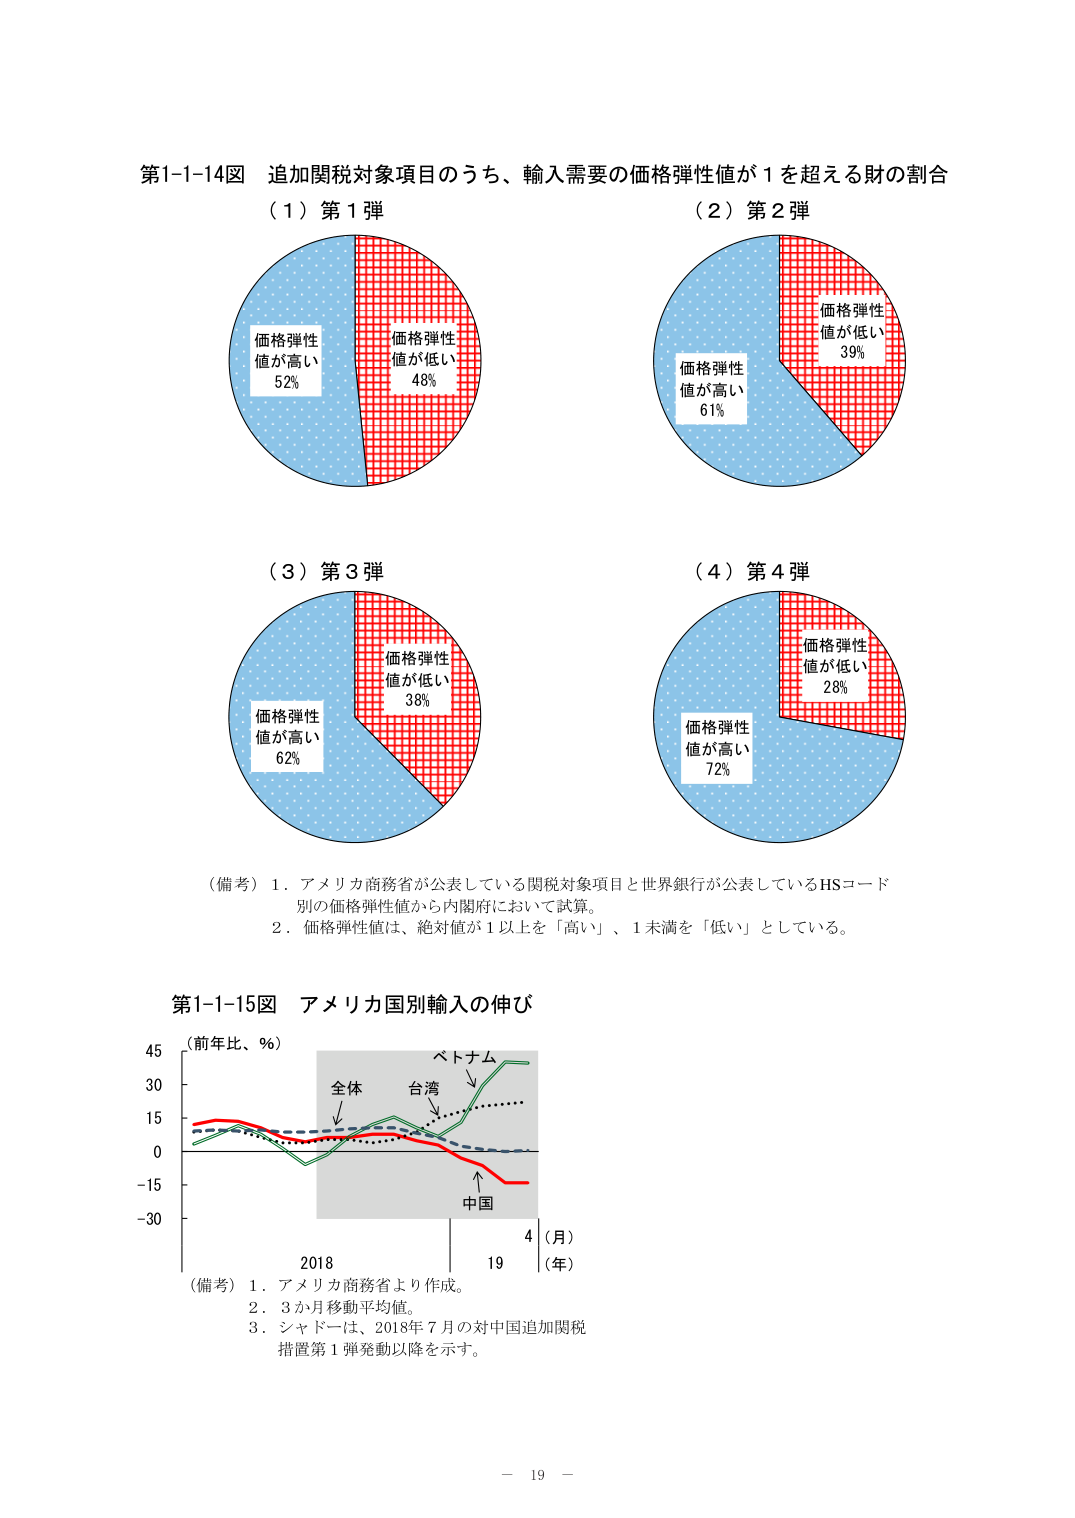
第1-1-14図 追加関税対象項目のうち、輸入需要の価格弾性値が1を超える財の割合
（1）第1弾
価格弾性値が高い 52%
価格弾性値が低い 48%

（2）第2弾
価格弾性値が高い 61%
価格弾性値が低い 39%

（3）第3弾
価格弾性値が高い 62%
価格弾性値が低い 38%

（4）第4弾
価格弾性値が高い 72%
価格弾性値が低い 28%

（備考）1．アメリカ商務省が公表している関税対象項目と世界銀行が公表しているHSコード別の価格弾性値から内閣府において試算。
2．価格弾性値は、絶対値が1以上を「高い」、1未満を「低い」としている。

第1-1-15図 アメリカ国別輸入の伸び
（前年比、％）
45
30
15
0
-15
-30
全体
台湾
ベトナム
中国
2018 19
（月）
（年）
（備考）1．アメリカ商務省より作成。
2．3か月移動平均値。
3．シャドーは、2018年7月の対中国追加関税措置第1弾発動以降を示す。

－ 19 －